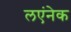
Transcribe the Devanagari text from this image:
लएंनेक